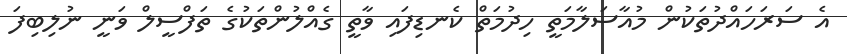
އެ ސަރަހައްދުތަކުން މުއާސަލާމަތީ ހިދުމަތް ކެނޑިފައި ވާތީ ގެއްލުންތަކުގެ ތަފްސީލް ވަނީ ނުލިބިފަ